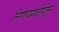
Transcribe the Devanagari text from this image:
निर्णयप्रक्रीयेतून